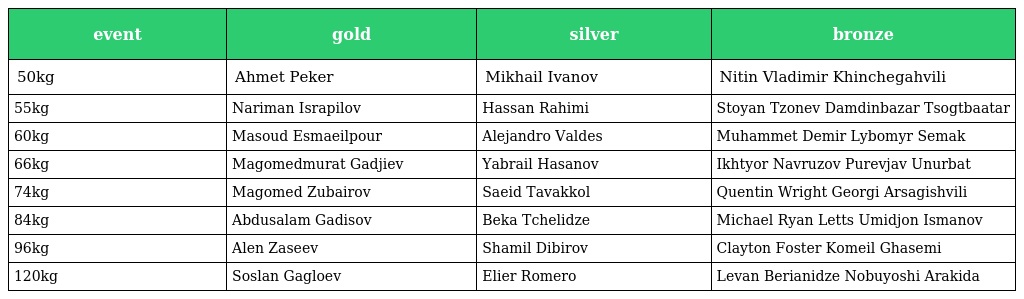
| event | gold | silver | bronze |
 | --- | --- | --- | --- |
 | 50kg | Ahmet Peker | Mikhail Ivanov | Nitin Vladimir Khinchegahvili |
 | 55kg | Nariman Israpilov | Hassan Rahimi | Stoyan Tzonev Damdinbazar Tsogtbaatar |
 | 60kg | Masoud Esmaeilpour | Alejandro Valdes | Muhammet Demir Lybomyr Semak |
 | 66kg | Magomedmurat Gadjiev | Yabrail Hasanov | Ikhtyor Navruzov Purevjav Unurbat |
 | 74kg | Magomed Zubairov | Saeid Tavakkol | Quentin Wright Georgi Arsagishvili |
 | 84kg | Abdusalam Gadisov | Beka Tchelidze | Michael Ryan Letts Umidjon Ismanov |
 | 96kg | Alen Zaseev | Shamil Dibirov | Clayton Foster Komeil Ghasemi |
 | 120kg | Soslan Gagloev | Elier Romero | Levan Berianidze Nobuyoshi Arakida |